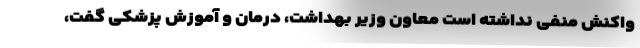
واکنش منفی نداشته است معاون وزیر بهداشت، درمان و آموزش پزشکی گفت،